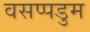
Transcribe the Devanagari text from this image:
वसप्पडुम